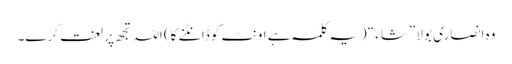
وہ انصاری بولا ”شاء“ (یہ کلمہ ہے اونٹ کو ڈانٹنے کا) اللہ تجھ پر لعنت کرے۔